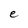
Character: e